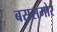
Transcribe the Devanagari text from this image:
बससमोर